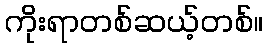
ကိုးရာတစ်ဆယ့်တစ်။